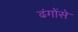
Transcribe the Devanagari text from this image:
ढंगोंसे